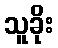
သူခိုး